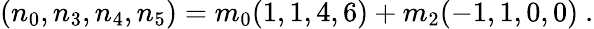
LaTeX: (n_{0},n_{3},n_{4},n_{5})=m_{0}(1,1,4,6)+m_{2}(-1,1,0,0)\ .